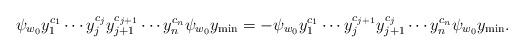
LaTeX: \begin{align*}\psi_{w_0}y_1^{c_1}\cdots y_j^{c_j}y_{j+1}^{c_{j+1}}\cdots y_n^{c_n}\psi_{w_{0}}y_{\min}=-\psi_{w_0}y_1^{c_1}\cdots y_j^{c_{j+1}}y_{j+1}^{c_{j}}\cdots y_n^{c_n}\psi_{w_{0}}y_{\min}.\end{align*}